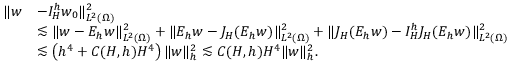
\begin{array} { r l } { \| w } & { - I _ { H } ^ { h } w _ { 0 } \| _ { L ^ { 2 } ( \Omega ) } ^ { 2 } } \\ & { \lesssim \| w - E _ { h } w \| _ { L ^ { 2 } ( \Omega ) } ^ { 2 } + \| E _ { h } w - J _ { H } ( E _ { h } w ) \| _ { L ^ { 2 } ( \Omega ) } ^ { 2 } + \| J _ { H } ( E _ { h } w ) - I _ { H } ^ { h } J _ { H } ( E _ { h } w ) \| _ { L ^ { 2 } ( \Omega ) } ^ { 2 } } \\ & { \lesssim \left( h ^ { 4 } + C ( H , h ) H ^ { 4 } \right) \| w \| _ { h } ^ { 2 } \lesssim C ( H , h ) H ^ { 4 } \| w \| _ { h } ^ { 2 } . } \end{array}